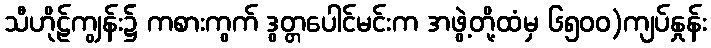
သီဟိုဠ်ကျွန်း၌ ကစားကွက် ဒွတ္တပေါင်မင်းက အဖွဲ့တို့ထံမှ ၆၅၀၀)ကျပ်နှုန်း